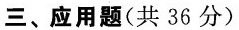
三、应用题(共36分)